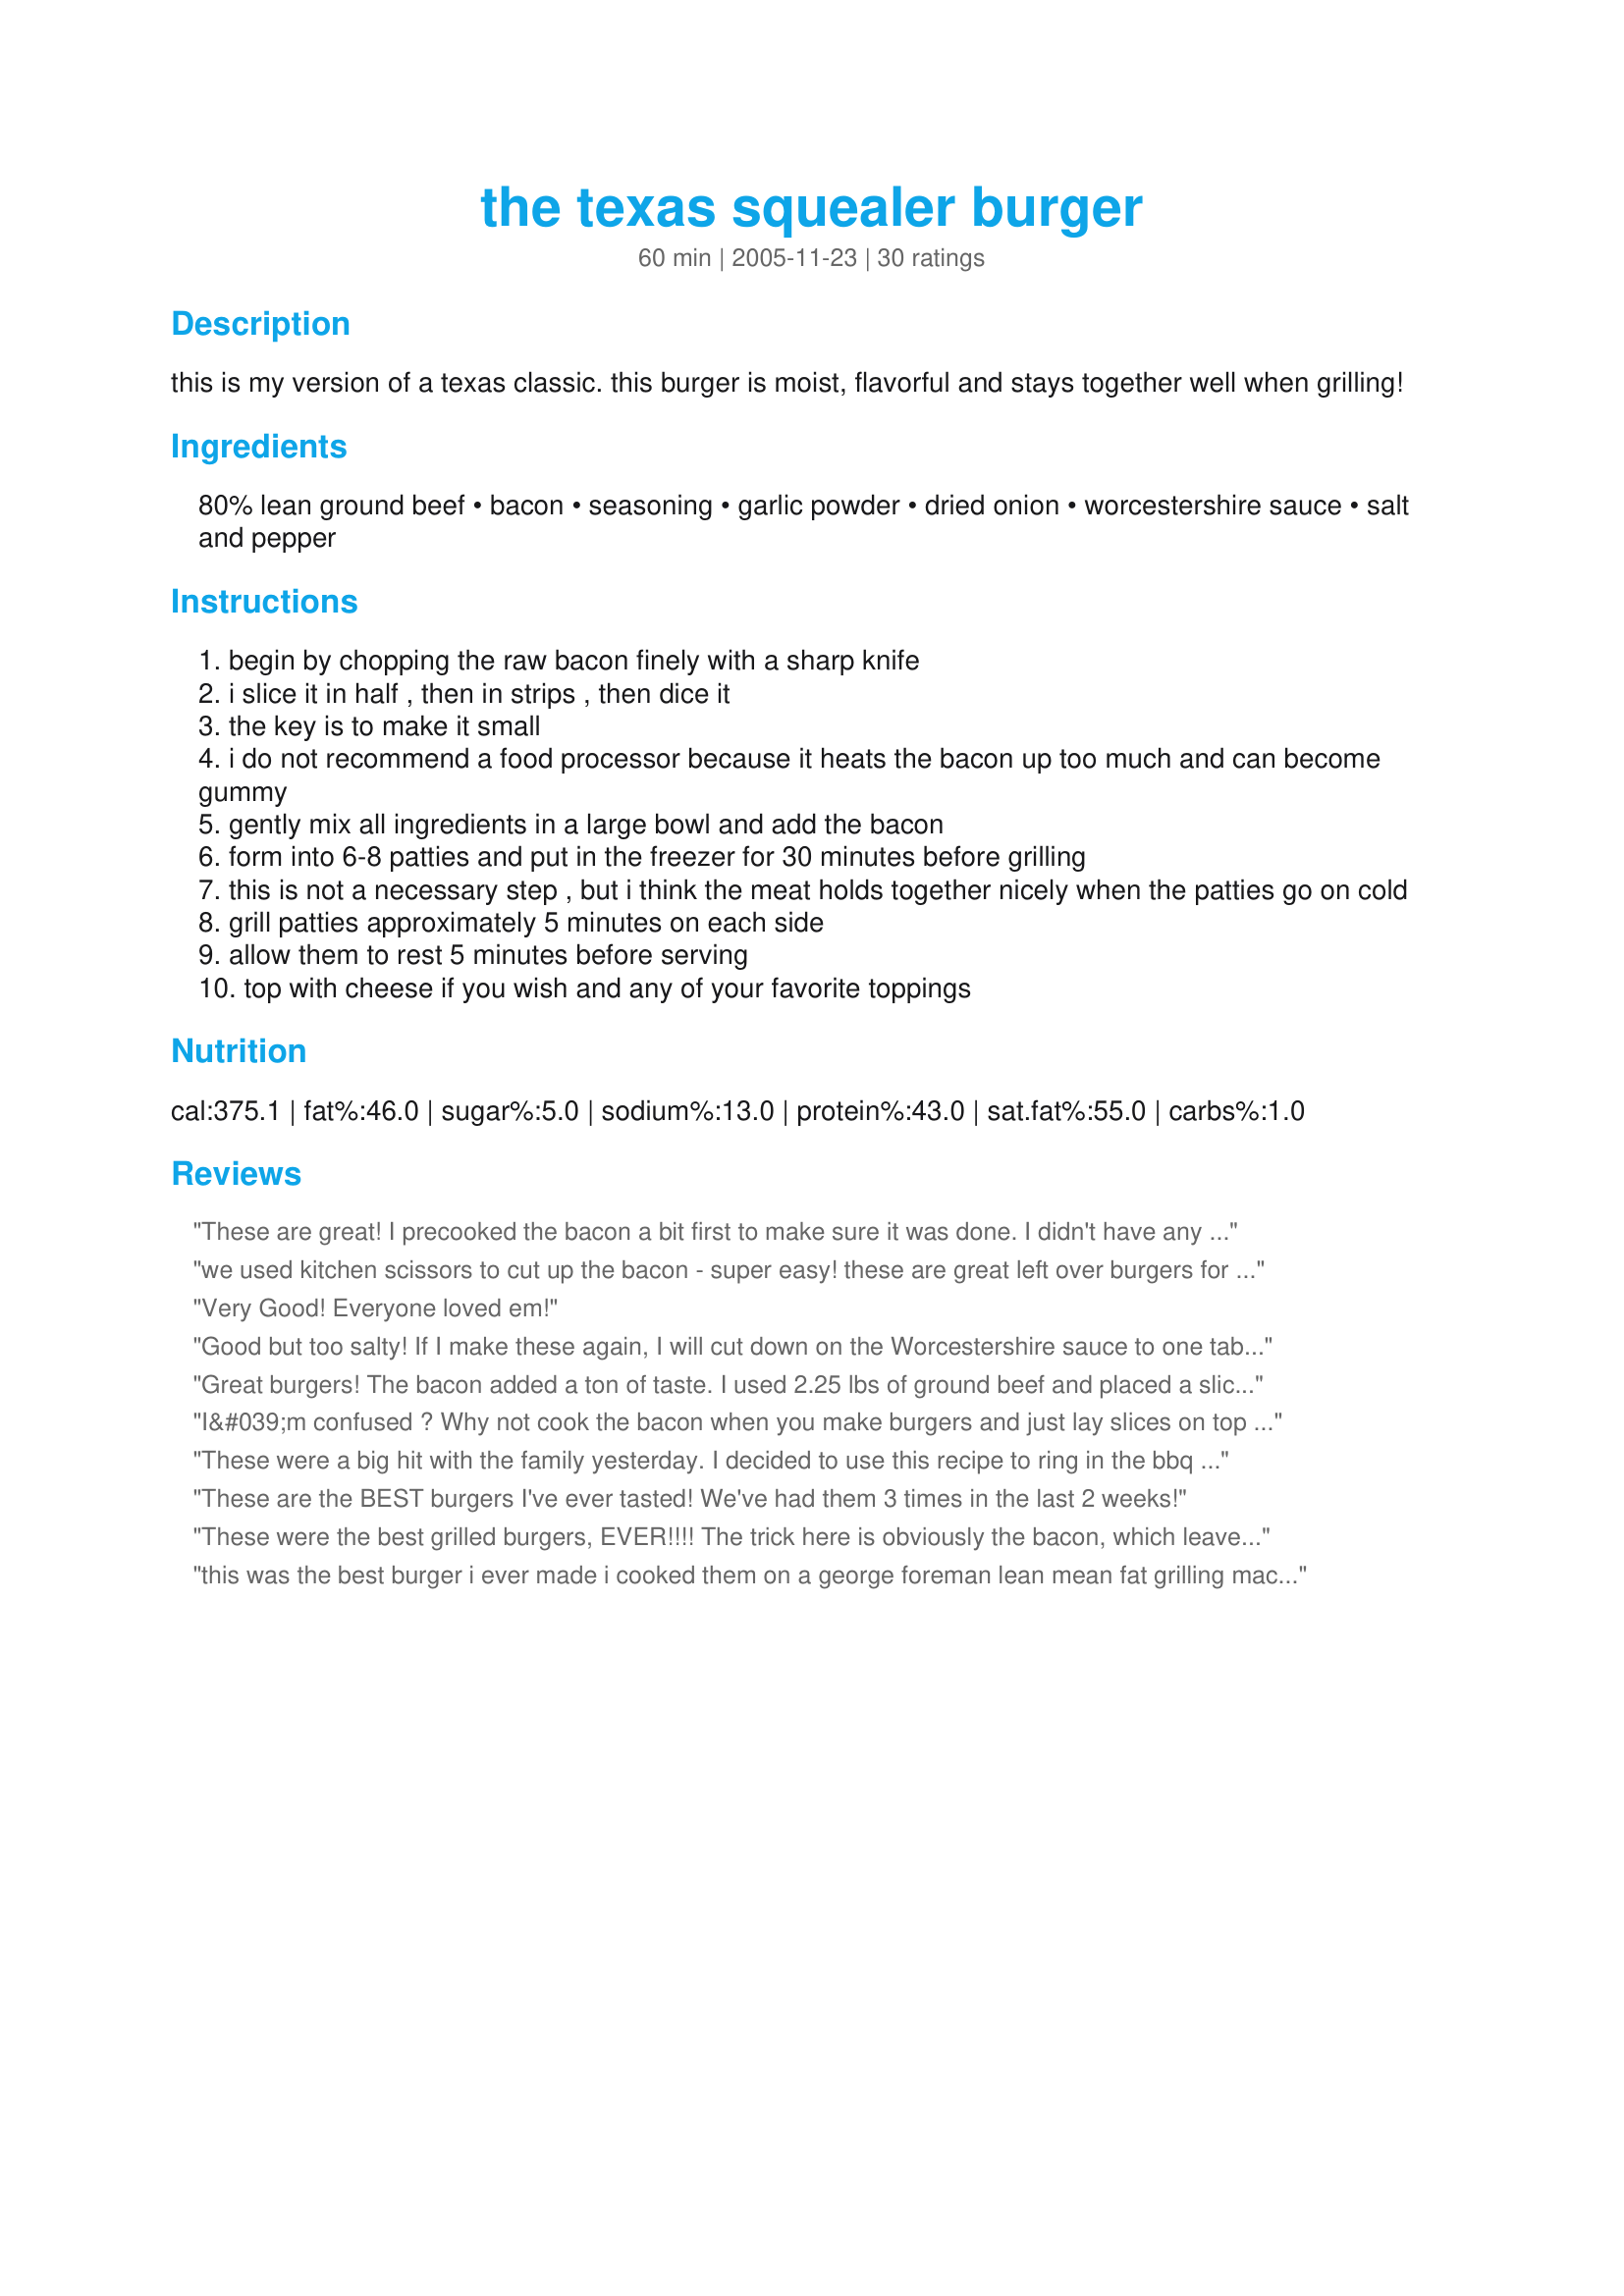
the texas squealer burger
Preparation time: 60 minutes

this is my version of a texas classic. this burger is moist, flavorful and stays together well when grilling!

Ingredients:
80% lean ground beef, bacon, seasoning, garlic powder, dried onion, worcestershire sauce, salt and pepper

Steps:
begin by chopping the raw bacon finely with a sharp knife
i slice it in half , then in strips , then dice it
the key is to make it small
i do not recommend a food processor because it heats the bacon up too much and can become gummy
gently mix all ingredients in a large bowl and add the bacon
form into 6-8 patties and put in the freezer for 30 minutes before grilling
this is not a necessary step , but i think the meat holds together nicely when the patties go on cold
grill patties approximately 5 minutes on each side
allow them to rest 5 minutes before serving
top with cheese if you wish and any of your favorite toppings

Reviews:
These are great! I precooked the bacon a bit first to make sure it was done. I didn't have any problems getting my burgers to hold together.....they disappeared fast! Thanks for sharing!
we used kitchen scissors to cut up the bacon - super easy! these are great left over burgers for lunch the next day. next time we are going to lightly freeze some cheese and make these stuffed burgers! The whole family will show up for that bbq - its a crowd pleaser. oink oink hurray :)!!
Very Good! Everyone loved em!
Good but too salty! If I make these again, I will cut down on the Worcestershire sauce to one tablespoon, and also cut down on the bacon. A great idea, thanks for posting, MacChef!
Great burgers! The bacon added a ton of taste. I used 2.25 lbs of ground beef and placed a slice of cheddar cheese in the middle of each burger but kept everything else the same. I chopped the bacon at room temperature and it was a little hard to work with. Maybe if it was partially frozen it would have been easier to chop. I also tossed my burgers in the freezer for about 30 min. before grilling which does help them hold together. Moist, smoky, and delicious!
I&#039;m confused ? Why not cook the bacon when you make burgers and just lay slices on top ? This would insure bacon was crispy and eliminate the tedious task of chopping it up. The secret to a good burger is the meat. If the meat is good the flavor stands on it&#039;s own without flavor enhancements. Fresh sliced onions on top of the burger is another way to take the taste to a new level. This time of year Vadelia is the way to go.
These were a big hit with the family yesterday. I decided to use this recipe to ring in the bbq season and was not disappointed! My son said this is his new favorite recipe that I make.
These are the BEST burgers I've ever tasted! We've had them 3 times in the last 2 weeks!
These were the best grilled burgers, EVER!!!! The trick here is obviously the bacon, which leaves them juicy, moist and flaverful, even heated up the next day. I only used four slices of bacon, but it was good Nueske's bacon. Very smokey. Also used a little less grill seasoning to cut back on the salt and I didn't have dried onion but used regular onion minced very, very fine. 1/4 cup of Worchestershire seemed like a lot to me, so only used about half that amount. I can't believe how good these were and can't wait to make them again very soon.
this was the best burger i ever made i cooked them on a george foreman lean mean fat grilling machine
I used turkey bacon instead of regular but otherwise everthing else was the same. I thought they were really good for a change. A little bit of trouble but what isn't when it comes to cooking.
LOVE this burger!!! I have tried soooo many burger recipes trying to find the perfect one and was telling my husband how I hate grilling burgers because they always turn out so bland and dry. I decided to try this one and it was seriously a killer burger! Delicious, flavorful, juicy!!! AH-mazing!! We didn't use bacon because we don't eat pork, and I added five drops of mesquite liquid smoke. I CANNOT WAIT to make these again!! Everyone commented on how GREAT they were!
Yeehaw! Even though I'm normally Louisiana humble, I'm temporarily Texas proud. A delicious burger.
Just a helpful hint: it is much easier to chop the bacon if it's partially frozen. Twenty minutes in the freezer in usually enough. And if your knives aren't super sharp, clean scissors are an alternative.
Outstanding
Great recipe!! Excellent burger!! Yummie!!
These were excellent especially with the ranch dressing. First time I made them I used a cajun spice that I had and formed them into meatballs and roasted them in the oven. Next time, used a different spice and made them as sliders and grilled them. A big hit with everyone.
I made these tonight, and they were wonderful! I had no Worcestershire sauce or grill seasoning, so I used a T. of Dale's Seasoning. Other than that, that is all I did that was different. I used the gas grill on high to start, then lowered the heat and cooked for about 20 minutes. They were very moist. The bacon is such a wonderful addition! I had swiss cheese on mine, and it was SO good! I will be making these often!
Exceptional. Thought it wouldn&#039;t be Texas without some jalepenos, so added 1/2 cup chopped. And used pepper jack cheese. Husband raved, best burgers ever.
we loved this burger! The tip on freezing the patties was very helpful. We always have problems with our meat falling apart and I will do this for now on!
Wow. Even I couldn't screw up how good this was, though I inadvertently tried. I got the wrong seasoning (Montreal Steak), and when I saw it had garlic in it, I used one instead of the 1 1/2T of seasoning. I also used turkey bacon, as I'm not a fan of pork. Portioned out my burgers using a 1/2 C measuring cup and I think I did end up with eight burgers which I did put in the freezer for 30 minutes. Grilled them on a gas grill on low for 10 minutes each side, then on high for a couple of minutes each side to add a bit of char. Delicious, and so simple! Next time I'd like to try this with the right seasoning... but if I don't have it, I'll try for the 1 1/2 T of seasoning to see how that is, as the 1T of my wrong seasoning turned out fine. Thanks - I can't wait to show off with this recipe. It's so good I *may* even have to give you credit. ;)
Tasty alright!
Made these this past weekend for Father&#039;s Day and the bacon added so much flavor to the burgers. I didn&#039;t use quite as much bacon as it called for because once I began adding it in it looked like 12 would&#039;ve been entirely too much. I probably added about 7 pieces. Great burgers with a good kick of flavors!!
turned out great, i made a little change, i used Lipton Recipe Secrets onion soup mix, 1 envelope not the minced onion, it went better with the bacon and i did them in b/q pit on low heat for about 4 minutes per side then on high till they had a crust .
So great. Made these for father's day this year and they were a real hit.
These were very good even though I did not have the McCormicks Mesquite. I had to use fresh onion, I just minced them very small. The bacon made these very juicy. It was a little hard to cut up the bacon into very small pieces. My B/F was worried about pieces of bacon fat not cooking, but this was not a problem. I will try freezing the bacon for 20 mins next time before I cut it up.
A terrific recipe resulting in a delicious, juicy burger cooked on a charcoal grill. My only change: I partially cooked the diced bacon, also on the grill but on aluminum foil. Then I added that bacon to the ground beef. Without that step, I found the bacon to be a bit rubbery and pale in appearance inside the patties after they were cooked. Of course, cheese was added near the end of grilling. I also toast the buns near the end of cooking time.
Hubby grilled these on the charcoal grill and they were fantastic. I loved the extra smoky flavor from the bacon. They aren't low cal, but hey...most really good things aren't. LOL
I added a few touches to make this burger more to our liking. I used real chopped onions 1/4-1/3 cup. Then I used the bacon and onion together in a pan, caramelizing the onions and half cooking the bacon, this insures the bacon will completely cook on the grill. I also added 1 tablespoon of Mrs Dash this brings in flavors without adding the salt which we omitted. SIDE NOTE: GOOD BACON matters stop using cheap stuff from the store, head to a local butcher shop and pick up a pound of their finest bacon, you will thank me! :)
We made these the other night and just loved 'em. Its true they even taste great the next day cold !!! I made the burgers pretty big so you were lucky to finish 1 let alone 2. I had some sweet vadalia onion left and put that in instead of the dried onion...melt some cheese on top and you're good to go !!! The part about putting them in the freezer before putting them on the grill was right on too really holds them together nicely.
